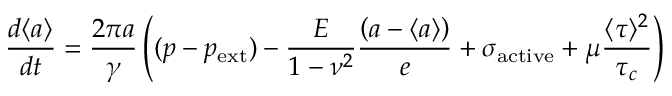
\frac { d \langle a \rangle } { d t } = \frac { 2 \pi a } { \gamma } \left( ( p - p _ { \mathrm { e x t } } ) - \frac { E } { 1 - \nu ^ { 2 } } \frac { \left( a - \langle a \rangle \right) } { e } + \sigma _ { \mathrm { a c t i v e } } + \mu \frac { \langle \tau \rangle ^ { 2 } } { \tau _ { c } } \right)